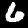
Label: 6